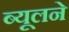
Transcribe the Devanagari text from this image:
ब्यूलने